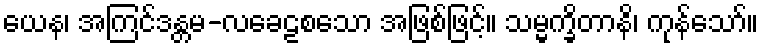
ယေန၊ အကြင်ဒန္တမ-လခေဠစသော အဖြစ်ဖြင့်။ သမ္မက္ခိတာနိ၊ ကုန်သော်။